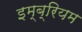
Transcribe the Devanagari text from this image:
इम्ब्रियम